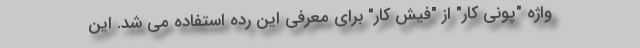
واژه "پونی کار" از "فیش کار" برای معرفی این رده استفاده می شد. این